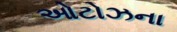
ઓટોઝના